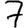
Digit: 7